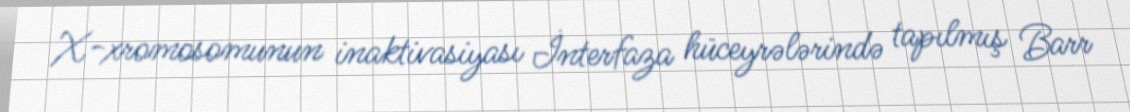
X-xromosomunun inaktivasiyası İnterfaza hüceyrələrində tapılmış Barr